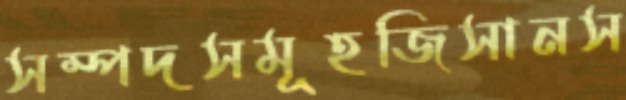
সম্পদসমূহজিসানস